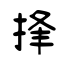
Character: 捀